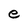
Character: e